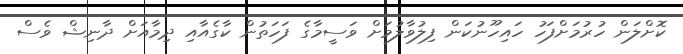
ކޮށްލަން ހުރުމަށްފަހު ހައިހޫނުކަން ފިލުވާލުމަށް ވަސީމާގެ ފަހަތުން ކާގެއާާއި ދިމާއަށް ދާނިޝް ވެސް